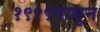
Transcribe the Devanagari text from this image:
१९९९पासुन